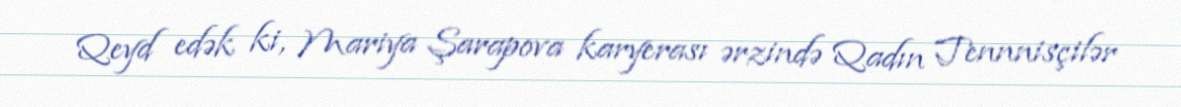
Qeyd edək ki, Mariya Şarapova karyerası ərzində Qadın Tennnisçilər